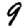
Digit: 9